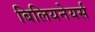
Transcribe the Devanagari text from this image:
बिलियनेयर्स